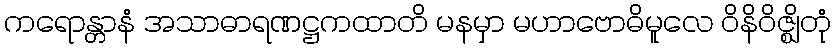
ကရောန္တာနံ အသာဓာရဏဋ္ဌကထာတိ မနမှာ မဟာဗောဓိမူလေ ဝိနိဝိဇ္ဈိတုံ